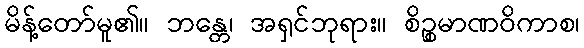
မိန့်တော်မူ၏။ ဘန္တေ၊ အရှင်ဘုရား။ စိဉ္စမာဏဝိကာစ၊